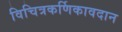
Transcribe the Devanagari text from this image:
विचित्रकर्णिकावदान